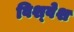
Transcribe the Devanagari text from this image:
विश्‍वेश